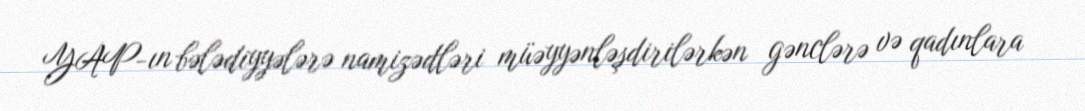
YAP-ın bələdiyyələrə namizədləri müəyyənləşdirilərkən gənclərə və qadınlara